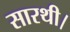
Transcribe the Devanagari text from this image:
सारथी।